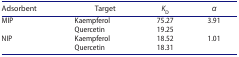
<table><thead><tr><td><b>Adsorbent</b></td><td><b>Target</b></td><td><b><i>K</i><sub>D</sub></b></td><td><b><i>α</i></b></td></tr></thead><tbody><tr><td rowspan="2">MIP</td><td>Kaempferol</td><td>75.27</td><td rowspan="2">3.91</td></tr><tr><td>Quercetin</td><td>19.25</td></tr><tr><td rowspan="2">NIP</td><td>Kaempferol</td><td>18.52</td><td rowspan="2">1.01</td></tr><tr><td>Quercetin</td><td>18.31</td></tr></tbody></table>